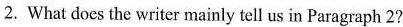
2. What does the writer mainly tell us in Paragraph 2?